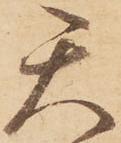
天